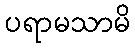
ပရာမသာမိ